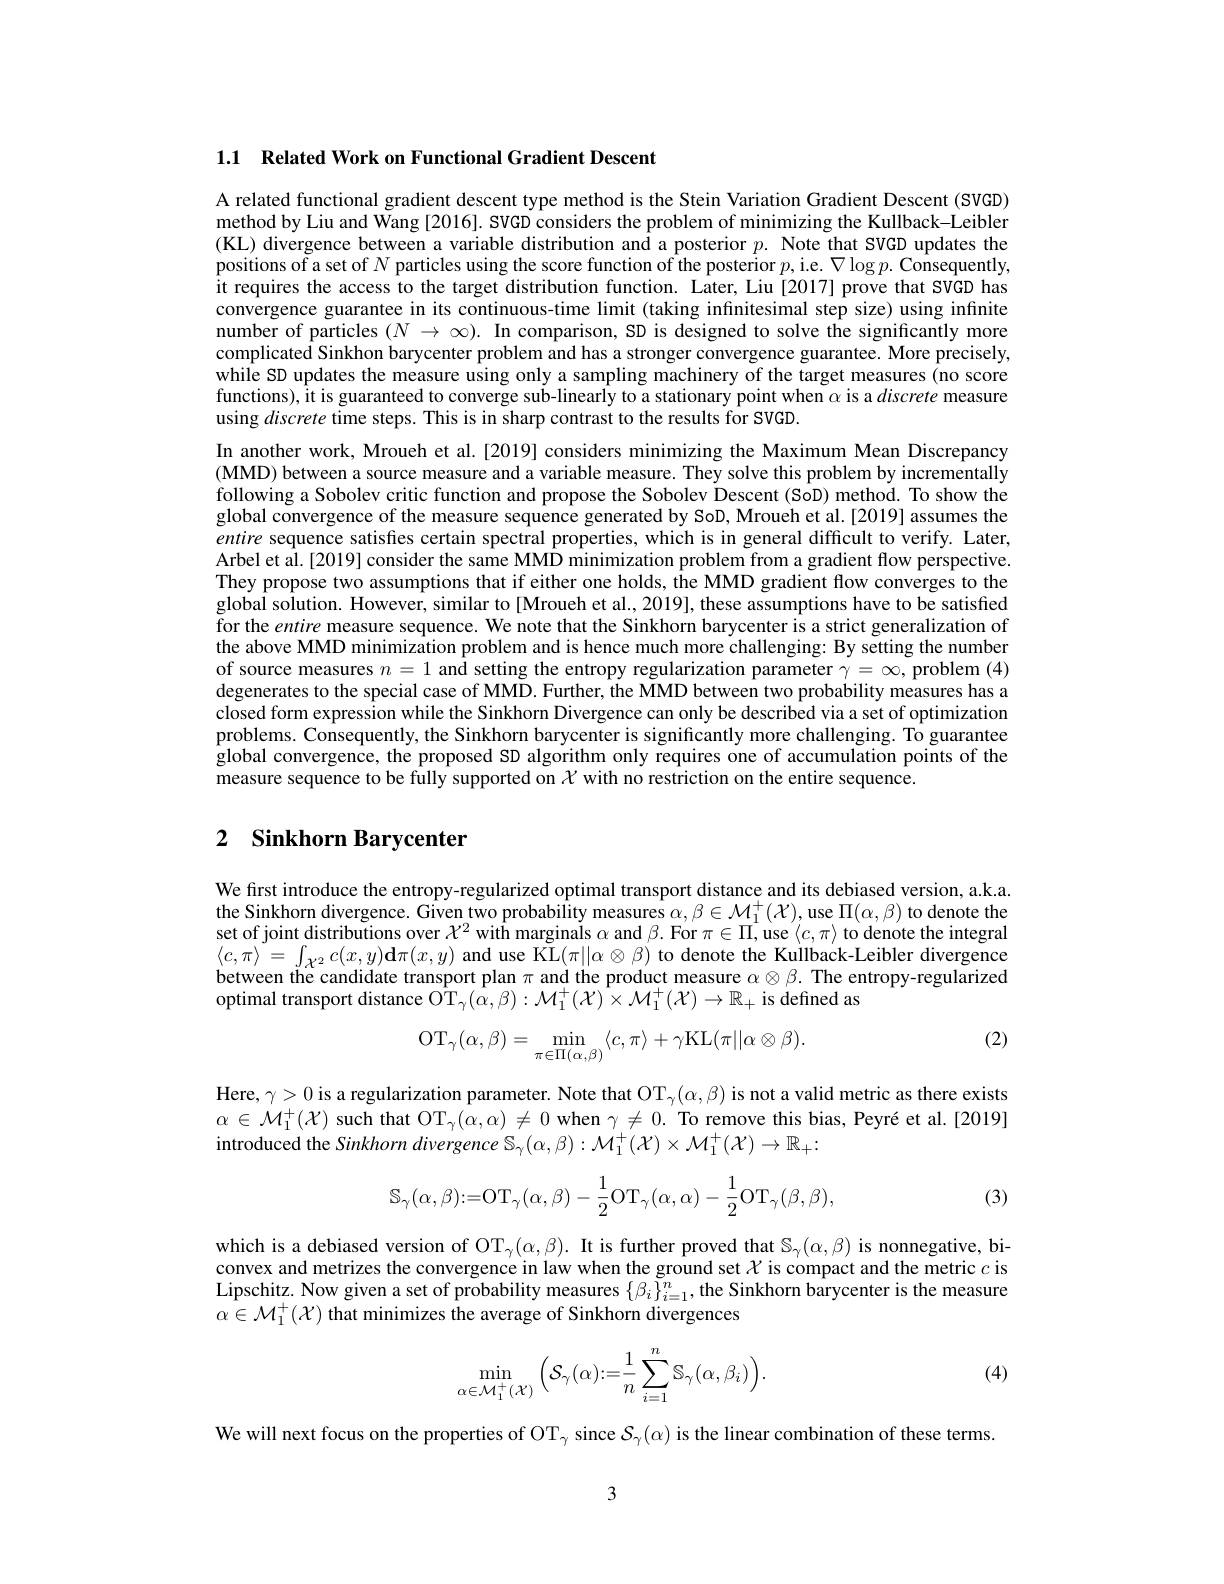
1.1 Related Work on Functional Gradient Descent

A related functional gradient descent type method is the Stein Variation Gradient Descent (SVGD) method by Liu and Wang [2016]. SVGD considers the problem of minimizing the Kullback-Leibler (KL) divergence between a variable distribution and a posterior $p.$ Note that SVGD updates the positions of a set of $N$ particles using the score function of the posterior $p$,i.e. $\nabla\log p.$ Consequently, it requires the access to the target distribution function. Later, Liu [2017] prove that SVGD has convergence guarantee in its continuous-time limit (taking infinitesimal step size) using infinite number of particles $(N\to\infty).$ In comparison, SD is designed to solve the significantly more complicated Sinkhon barycenter problem and has a stronger convergence guarantee. More precisely, while SD updates the measure using only a sampling machinery of the target measures (no score functions), Ît is guaranteed to converge sub-linearly to a stationary point when $\alpha$ is a discrete measure using discrete time steps. This is in sharp contrast to the results for SVGD.

In another work, Mroueh et al.[2019] considers minimizing the Maximum Mean Discrepancy (MMD) between a source measure and a variable measure. They solve this problem by incrementally following a Sobolev critic function and propose the Sobolev Descent (SoD) method. To show the global convergence of the measure sequence generated by SoD, Mroueh et al.[2019] assumes the entire sequence satisfies certain spectral properties, which is in general difficult to verify. Later, Arbel et al.[2019] consider the same MMD minimization problem from a gradient flow perspective They propose two assumptions that if either one holds, the MMD gradient flow converges to the global solution. However, similar to[Mroueh et al., 2019], these assumptions have to be satisfied for the entire measure sequence. We note that the Sinkhorn barycenter is a strict generalization of the above MMD minimization problem and is hence much more challenging: By setting the number of source measures $n=1$ and setting the entropy regularization parameter $\gamma=\infty$, problem (4) degenerates to the special case of MMD. Further, the MMD between two probability measures has a closed form expression while the Sinkhorn Divergence can only be described via a set of optimization problems. Consequently, the Sinkhorn barycenter is significantly more challenging. To guarantee global convergence, the proposed SD algorithm only requires one of accumulation points of the measure sequence to be fully supported on $\chi$ with no restriction on the entire sequence.

## 2 Sinkhorn Barycenter

We first introduce the entropy-regularized optimal transport distance and its debiased version, a.k.a the Sinkhorn divergence. Given two probability measures $\alpha,\beta\in\mathcal{M}_1^+(\mathcal{X})$,use $\Pi(\alpha,\beta)$ to denote the set of joint distributions over $\mathcal{X}^2$ with marginais $\alpha$ and $\beta.$ For $\pi\in\Pi$, use $\langle c,\pi\rangle$ to denote the integral $\langle c,\pi\rangle=\int_{\mathcal{X}^{2}}c(x,y)\mathbf{d}\pi(x,y)$ and use K$\tilde{\mathcal{L}}(\pi||\alpha\otimes\beta)$ to denote the Kullback-Leibler divergence between the candidate transport plan $\pi$ and the product measure $\alpha\otimes\beta.$ The entropy-regularized optimal transport distance
is defined as
$$:\hat{\mathrm{OT}}_{\gamma}(\hat{\alpha},\beta):\mathcal{M}_{1}^{+}(\mathcal{X})^{*}\times\mathcal{M}_{1}^{+}(\mathcal{X})\to\mathbb{R}_{+}$$
(2)
$$\mathrm{OT}_{\gamma}(\alpha,\beta)=\min_{\pi\in\Pi(\alpha,\beta)}\langle c,\pi\rangle+\gamma\mathrm{KL}(\pi||\alpha\otimes\beta).$$
Here, $\gamma>0$ is a regularization parameter. Note that OT$_\gamma(\alpha,\beta)$ is not a valid metric as there exists $\alpha\in\mathcal{M}_{1}^{+}(\mathcal{X})$ such that OT$_\gamma(\alpha,\alpha)\neq0$ when $\gamma\neq0.$ To remove this bias, Peyré et al.[2019] introduced the Sinkhorn divergence S$_\gamma(\alpha,\beta):\mathcal{M}_1^+(\mathcal{X})\times\mathcal{M}_1^+(\mathcal{X})\to\mathbb{R}_+:$
$$\mathbb{S}_{\gamma}(\alpha,\beta):=\mathrm{OT}_{\gamma}(\alpha,\beta)-\frac{1}{2}\mathrm{OT}_{\gamma}(\alpha,\alpha)-\frac{1}{2}\mathrm{OT}_{\gamma}(\beta,\beta),$$
(3)

which is a debiased version of OT$_\gamma(\alpha,\beta).$ It is further proved that $\mathcal{S}_\gamma(\alpha,\beta)$ is nonnegative, biconvex and metrizes the convergence in law when the ground set $\chi$ is compact and the metric $c$ is Lipschitz. Now given a set of probability measures $\{\beta_i\}_{i=1}^n$,the Sinkhorn barycenter is the measure $\alpha\in\mathcal{M}_1^+(\mathcal{X})$ that minimizes the average of Sinkhorn divergences
$$\min_{\alpha\in\mathcal{M}_{1}^{+}(\mathcal{X})}\Big(\mathcal{S}_{\gamma}(\alpha){:}=\frac{1}{n}\sum_{i=1}^{n}\mathbb{S}_{\gamma}(\alpha,\beta_{i})\Big).$$
(4)

We will next focus on the properties of OT$_\gamma$ since $\mathcal S_\gamma(\alpha)$ is the linear combination of these terms.

3